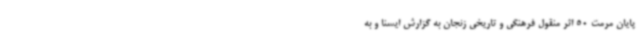
پایان مرمت 50 اثر منقول فرهنگی و تاریخی زنجان به گزارش ایسنا و به